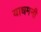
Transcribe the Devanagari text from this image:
याधमनी